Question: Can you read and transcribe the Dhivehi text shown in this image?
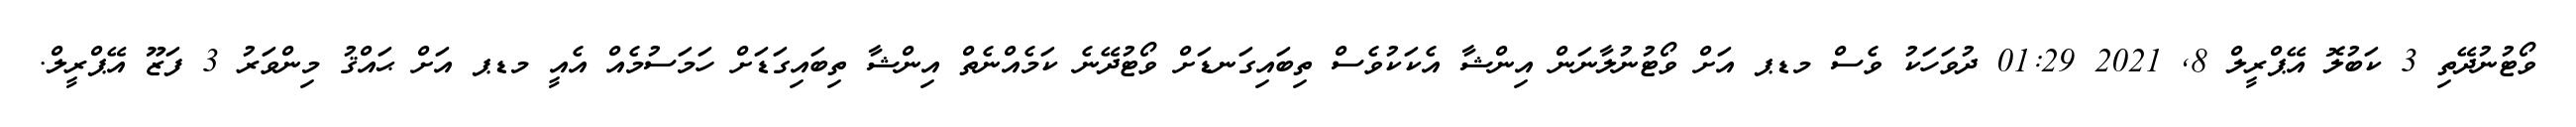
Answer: ވޯޓުނުދޭތި 3 ކަބުލޮ އޭޕްރީލް 8, 2021 01:29 ދުވަހަކު ވެސް މޑޕ އަށް ވޯޓުނުލާނަން އިންޝާ އެކަކުވެސް ތިބައިގަނޑަށް ވޯޓުދޭނެ ކަމެއްނެތް އިންޝާ ތިބައިގަޑަށް ހަމަސުމެއް އެއީ މޑޕ އަށް ޙައްޤު މިންވަރު 3 ފަޒޫ އޭޕްރީލް.